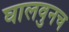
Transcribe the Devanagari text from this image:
घालवुनच